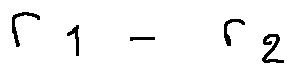
r _ { 1 } - r _ { 2 }